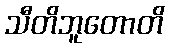
သီတိဘူတောတိ